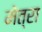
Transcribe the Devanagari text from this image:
मेत्रा